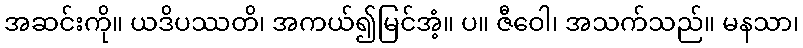
အဆင်းကို။ ယဒိပဿတိ၊ အကယ်၍မြင်အံ့။ ပ။ ဇီဝေါ၊ အသက်သည်။ မနသာ၊